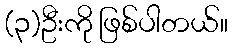
(၃)ဦးကို ဖြစ်ပါတယ်။